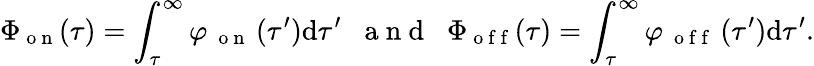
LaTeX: \Phi_{\mathrm{~o~n~}}(\tau)=\int_{\tau}^{\infty}\varphi_{\mathrm{~\mathrm{~o~n~}~}}(\tau^{\prime})\mathrm{d}\tau^{\prime}\; \; \mathrm{~a~n~d~}\; \; \Phi_{\mathrm{~o~f~f~}}(\tau)=\int_{\tau}^{\infty}\varphi_{\mathrm{~\mathrm{~o~f~f~}~}}(\tau^{\prime})\mathrm{d}\tau^{\prime}.